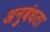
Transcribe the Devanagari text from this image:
अनुबंधता